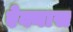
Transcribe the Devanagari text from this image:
ऐक्यास